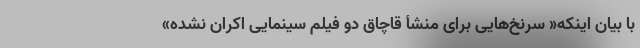
با بیان اینکه« سرنخ‌هایی برای منشأ قاچاق دو فیلم سینمایی اکران نشده»